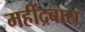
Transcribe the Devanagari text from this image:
महींद्रबास